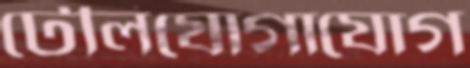
টেলিযোগাযোগ